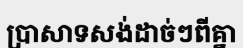
ប្រាសាទសង់ដាច់ៗពីគ្នា